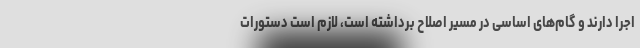
اجرا دارند و گام‌های اساسی در مسیر اصلاح برداشته است، لازم است دستورات